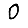
Digit: 0